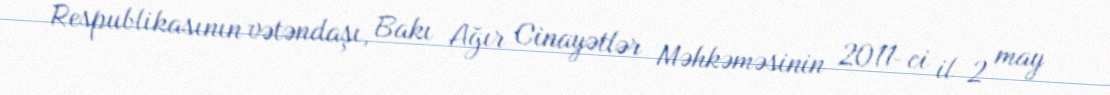
Respublikasının vətəndaşı, Bakı Ağır Cinayətlər Məhkəməsinin 2011-ci il 2 may